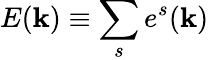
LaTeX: E({\mathbf k})\equiv\sum_{s}e^{s}({\mathbf k})